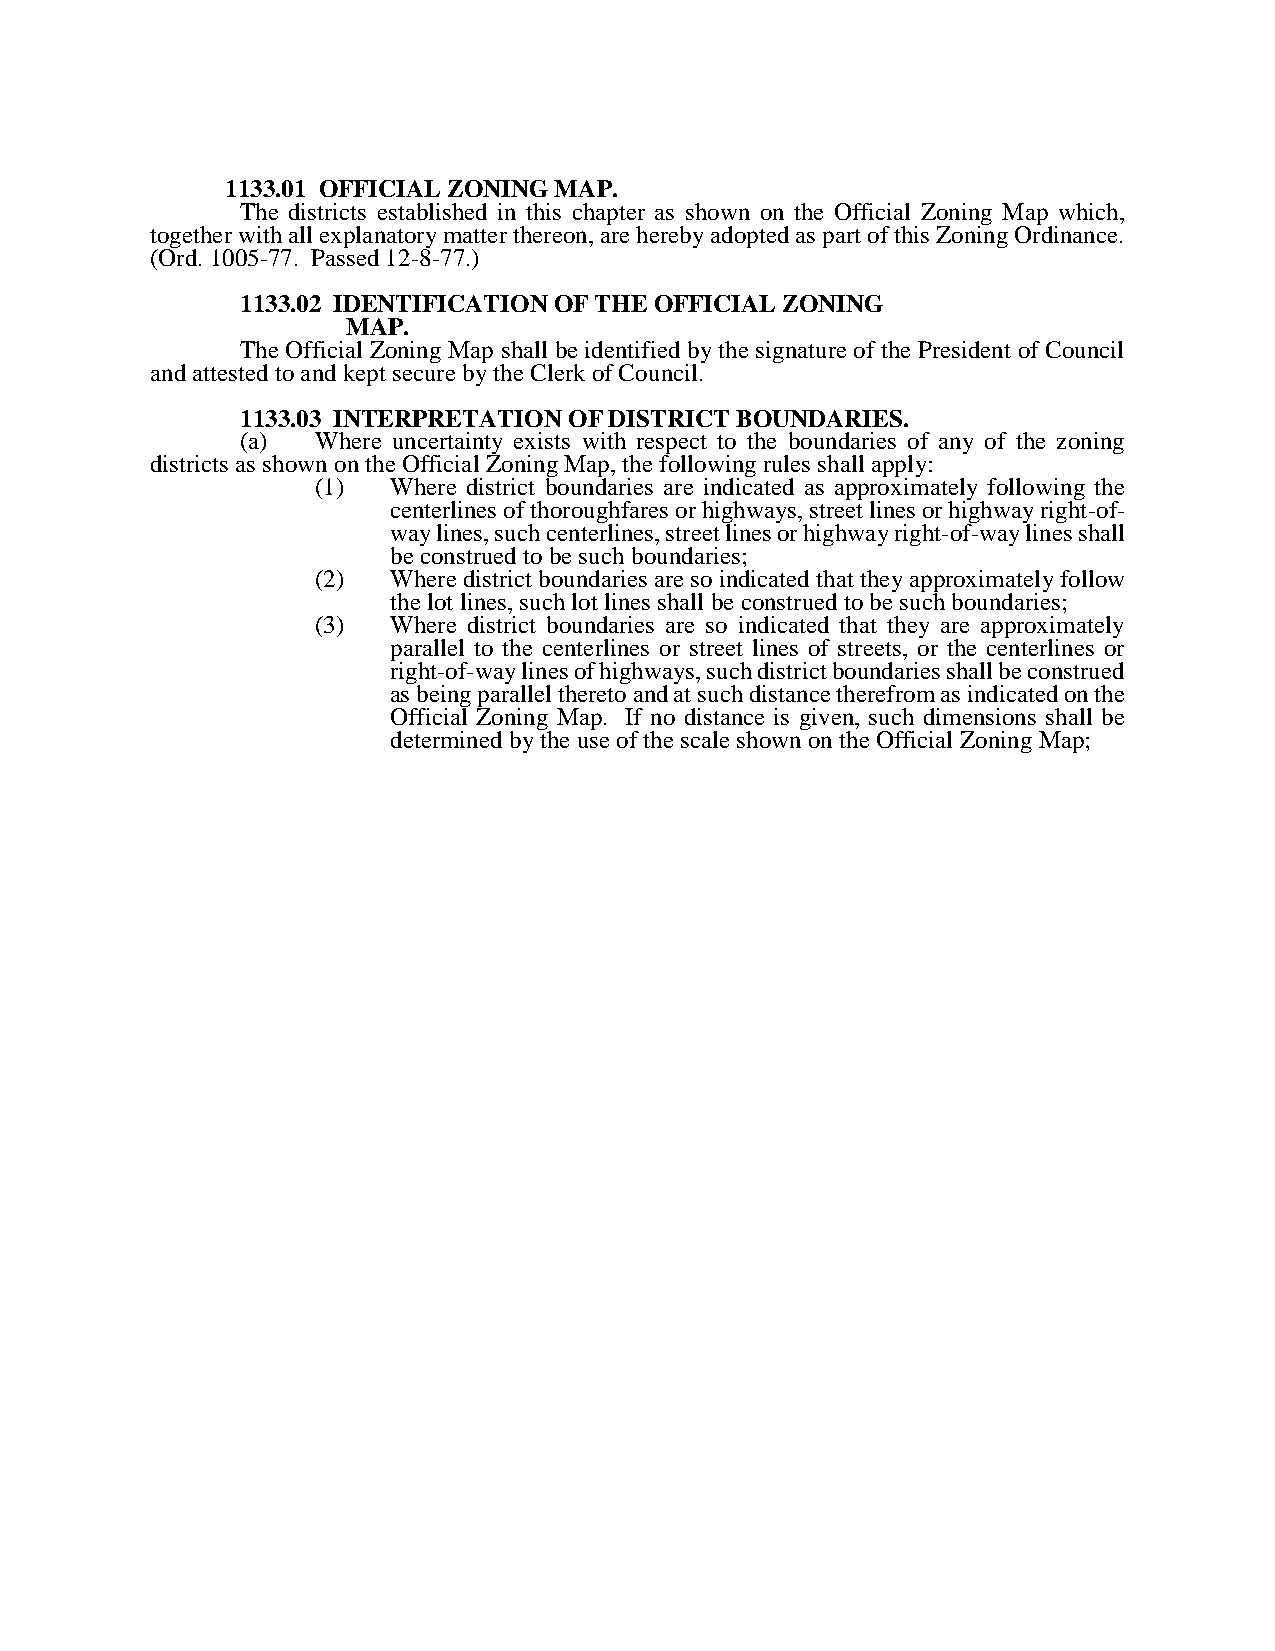
1133.01 OFFICIAL ZONING MAP.
 The districts established in this chapter as shown on the Official Zoning Map which,
 together with all explanatory matter thereon, are hereby adopted as part of this Zoning Ordinance.
 (Ord. 1005-77. Passed 12-8-77.)
 1133.02 IDENTIFICATION OF THE OFFICIAL ZONING
 MAP.
 The Official Zoning Map shall be identified by the signature of the President of Council
 and attested to and kept secure by the Clerk of Council.
 1133.03 INTERPRETATION OF DISTRICT BOUNDARIES.
 (a)  Where uncertainty exists with respect to the boundaries of any of the zoning
 districts as shown on the Official Zoning Map, the following rules shall apply:
 (1)  Where district boundaries are indicated as approximately following the
 centerlines of thoroughfares or highways, street lines or highway right-of-
 way lines, such centerlines, street lines or highway right-of-way lines shall
 be construed to be such boundaries;
 (2)  Where district boundaries are so indicated that they approximately follow
 the lot lines, such lot lines shall be construed to be such boundaries;
 (3)  Where district boundaries are so indicated that they are approximately
 parallel to the centerlines or street lines of streets, or the centerlines or
 right-of-way lines of highways, such district boundaries shall be construed
 as being parallel thereto and at such distance therefrom as indicated on the
 Official Zoning Map. If no distance is given, such dimensions shall be
 determined by the use of the scale shown on the Official Zoning Map;